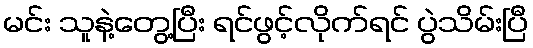
မင်း သူနဲ့တွေ့ပြီး ရင်ဖွင့်လိုက်ရင် ပွဲသိမ်းပြီ